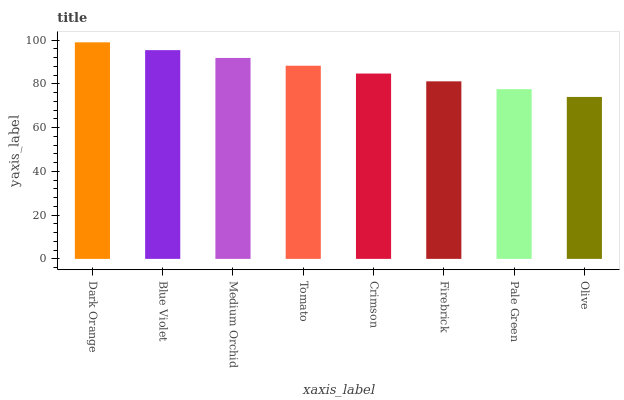
| xaxis_label | bars |
 | --- | --- |
 | Dark Orange | 99 |
 | Blue Violet | 95.4 |
 | Medium Orchid | 91.9 |
 | Tomato | 88.3 |
 | Crimson | 84.7 |
 | Firebrick | 81.2 |
 | Pale Green | 77.6 |
 | Olive | 74 |